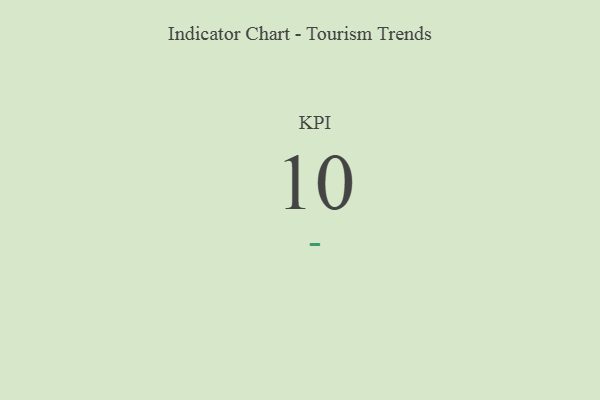
{"axis": {"x": "KPI", "y": "Value"}, "legend": [""], "data": [{"x": "KPI", "y": 10, "type": ""}]}